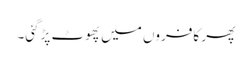
پھر کافروں میں پھوٹ پڑگئی۔